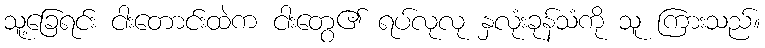
သူ့ခြေရင်း ငါးတောင်းထဲက ငါးတွေ၏ ရပ်လုလု နှလုံးခုန်သံကို သူ ကြားသည်။